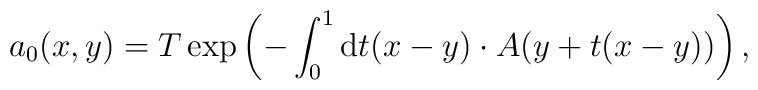
a_0(x,y)=T\exp \left( -\int_0^1{\rm d}t(x-y)\cdot A(y+t(x-y))\right) ,